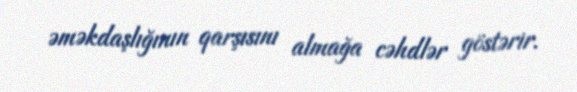
əməkdaşlığının qarşısını almağa cəhdlər göstərir.